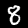
Digit: 8